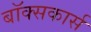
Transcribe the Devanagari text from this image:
बॉक्सकार्स